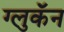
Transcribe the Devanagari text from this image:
ग्लुकॅन